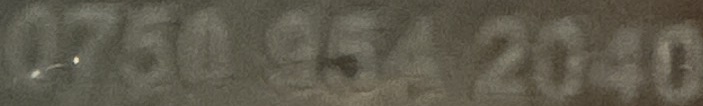
0750 954 2040